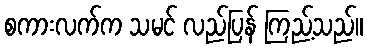
စကားလက်က သမင် လည်ပြန် ကြည့်သည်။